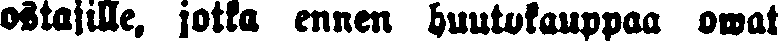
ostajille, jotka ennen huutokauppaa owat